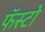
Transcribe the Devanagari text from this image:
फॅस्टो